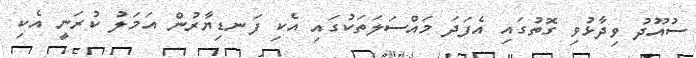
ސުއޫދު ވިދާޅުވި ގޮތުގައި އެފަދަ މައްސަލަތަކުގައި އެކި ފަނޑިޔާރުން އަމަލު ކުރަނީ އެކި